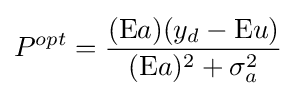
P^{opt}={\frac {({\text{E}}a)(y_{d}-{\text{E}}u)}{({\text{E}}a)^{2}+\sigma _{a}^{2}}}